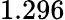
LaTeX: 1.296